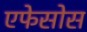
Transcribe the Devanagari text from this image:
एफेसोस